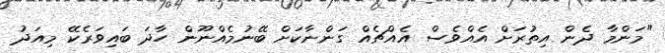
"މަންމާ ދެން އިތުރަށް އެއްވެސް އެއްޗެއް ގަންނާކަށް ބޭނުމެއްނޫން ހާދަ ބައިވަރެކޭ މިއަދު